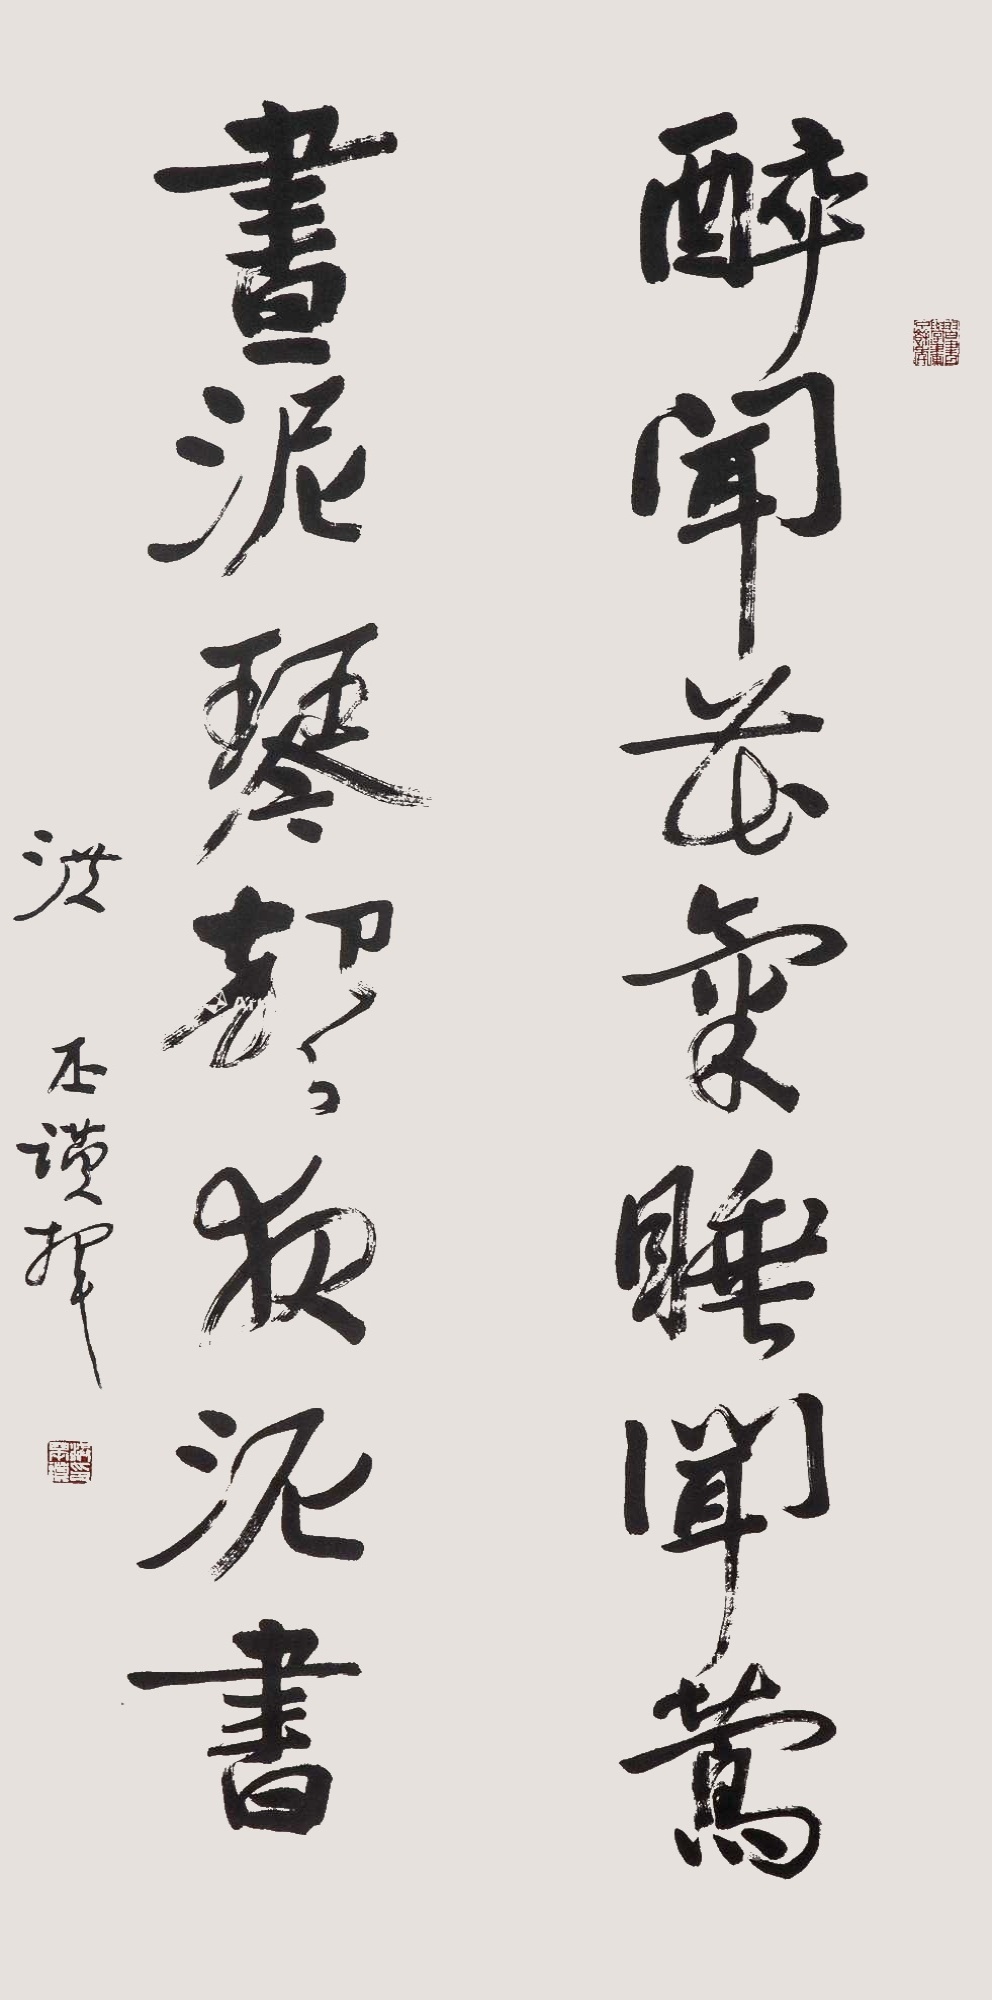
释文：醉闻花气睡闻莺，昼泥琴声夜泥书。洪丕谟挥。